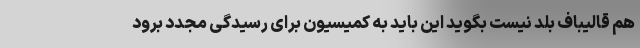
هم قالیباف بلد نیست بگوید این باید به کمیسیون برای رسیدگی مجدد برود